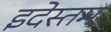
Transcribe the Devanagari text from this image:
इदेस्तम